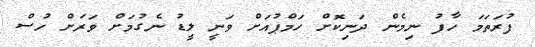
ފުރަތަމަ ހާފު ނިމެން ދަނިކޮށް ހަމްޕުއަށް ވަނީ ލީޑު ނެގުމަށް ވަރަށް ހުސް